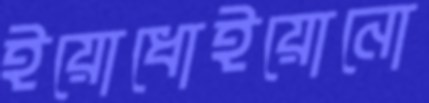
ইয়োধোইয়োনো